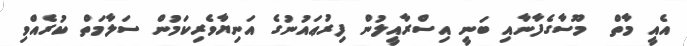
އެއީ މާތް  މޫސާގެފާނާއި ބަނީ އިސްރާއީލުން ފިރުޢައުނުގެ އަނިޔާވެރިކަމުން ސަލާމަތް ކުރެއްވި